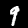
Label: 9